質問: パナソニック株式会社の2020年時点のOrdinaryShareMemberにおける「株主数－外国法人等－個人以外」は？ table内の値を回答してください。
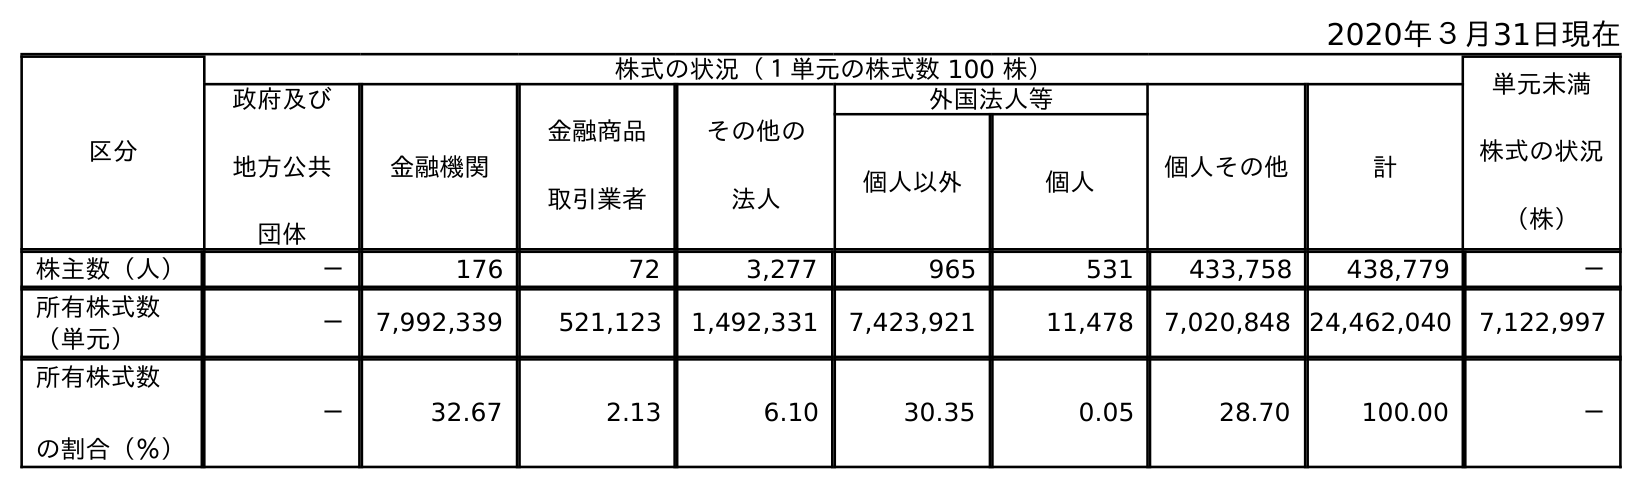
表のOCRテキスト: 2020年３月31日現在 区分 株式の状況（１単元の株式数 100 株） 単元未満 株式の状況 （株） 政府及び 地方公共 団体 金融機関 金融商品 取引業者 その他の 法人 外国法人等 個人その他 計 個人以外 個人 株主数（人） － 176 72 3,277 965 531 433,758 438,779 － 所有株式数 （単元） － 7,992,339 521,123 1,492,331 7,423,921 11,478 7,020,848 24,462,040 7,122,997 所有株式数 の割合（％） － 32.67 2.13 6.10 30.35 0.05 28.70 100.00 －
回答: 965